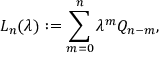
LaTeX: L _ { n } ( \lambda ) : = \sum _ { m = 0 } ^ { n } \lambda ^ { m } Q _ { n - m } ,